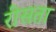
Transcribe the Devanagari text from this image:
रीसता